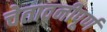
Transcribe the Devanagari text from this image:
चेतावनीपूर्ण